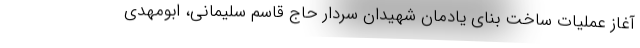
آغاز عملیات ساخت بنای یادمان شهیدان سردار حاج قاسم سلیمانی، ابومهدی